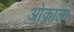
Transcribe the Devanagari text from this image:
ओकाला